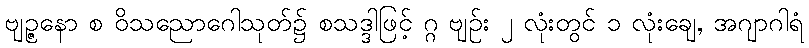
ဗျဉ္ဇနော စ ဝိသညောဂေါသုတ်၌ စသဒ္ဒါဖြင့် ဂ္ဂ ဗျဉ်း ၂ လုံးတွင် ၁ လုံးချေ, အဂျာဂါရံ